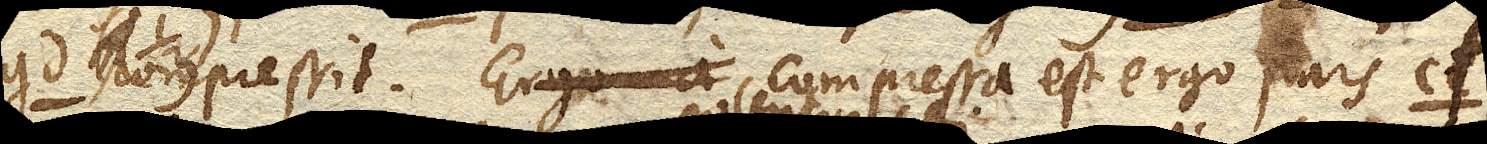
gd. compressit. Compressa est ergo pars cf.